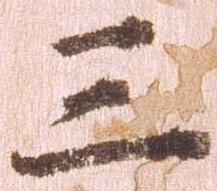
三